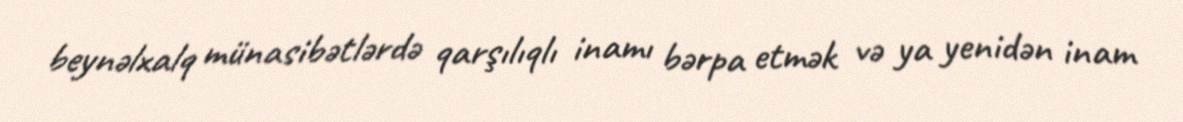
beynəlxalq münasibətlərdə qarşılıqlı inamı bərpa etmək və ya yenidən inam